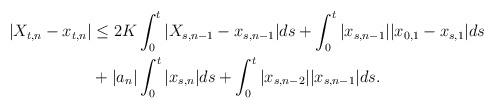
LaTeX: \begin{align*}\begin{aligned}|X_{t,n} - x_{t,n}| &\le 2K\int_0^t |X_{s,n-1} - x_{s,n-1}|ds + \int_0^t|x_{s,n-1}||x_{0,1} - x_{s,1}|ds \\ & + |a_n|\int_0^t |x_{s,n}|ds + \int_0^t |x_{s,n-2}||x_{s,n-1}|ds.\end{aligned}\end{align*}